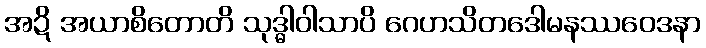
အဍိ အယာစိတောတိ သုဒ္ဓါဝါသာပိ ဂေဟသိတဒေါမနဿဝေဒနာ